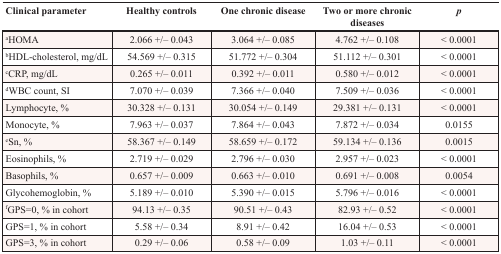
<table><thead><tr><td><b>Clinical parameter</b></td><td><b>Healthy controls</b></td><td><b>One chronic disease</b></td><td><b>Two or more chronic diseases</b></td><td><b><i>p</i></b></td></tr></thead><tbody><tr><td><sup>a</sup>HOMA</td><td>2.066 +/− 0.043</td><td>3.064 +/− 0.085</td><td>4.762 +/− 0.108</td><td>&lt; 0.0001</td></tr><tr><td><sup>b</sup>HDL-cholesterol, mg/dL</td><td>54.569 +/− 0.315</td><td>51.772 +/− 0.304</td><td>51.112 +/− 0.301</td><td>&lt; 0.0001</td></tr><tr><td><sup>c</sup>CRP, mg/dL</td><td>0.265 +/− 0.011</td><td>0.392 +/− 0.011</td><td>0.580 +/− 0.012</td><td>&lt; 0.0001</td></tr><tr><td><sup>d</sup>WBC count, SI</td><td>7.070 +/− 0.039</td><td>7.366 +/− 0.040</td><td>7.509 +/− 0.036</td><td>&lt; 0.0001</td></tr><tr><td>Lymphocyte, %</td><td>30.328 +/− 0.131</td><td>30.054 +/− 0.149</td><td>29.381 +/− 0.131</td><td>&lt; 0.0001</td></tr><tr><td>Monocyte, %</td><td>7.963 +/− 0.037</td><td>7.864 +/− 0.043</td><td>7.872 +/− 0.034</td><td>0.0155</td></tr><tr><td><sup>e</sup>Sn, %</td><td>58.367 +/− 0.149</td><td>58.659 +/− 0.172</td><td>59.134 +/− 0.136</td><td>0.0015</td></tr><tr><td>Eosinophils, %</td><td>2.719 +/− 0.029</td><td>2.796 +/− 0.030</td><td>2.957 +/− 0.023</td><td>&lt; 0.0001</td></tr><tr><td>Basophils, %</td><td>0.657 +/− 0.009</td><td>0.663 +/− 0.010</td><td>0.691 +/− 0.008</td><td>0.0054</td></tr><tr><td>Glycohemoglobin, %</td><td>5.189 +/− 0.010</td><td>5.390 +/− 0.015</td><td>5.796 +/− 0.016</td><td>&lt; 0.0001</td></tr><tr><td><sup>f</sup>GPS=0, % in cohort</td><td>94.13 +/− 0.35</td><td>90.51 +/− 0.43</td><td>82.93 +/− 0.52</td><td>&lt; 0.0001</td></tr><tr><td>GPS=1, % in cohort</td><td>5.58 +/− 0.34</td><td>8.91 +/− 0.42</td><td>16.04 +/− 0.53</td><td>&lt; 0.0001</td></tr><tr><td>GPS=3, % in cohort</td><td>0.29 +/− 0.06</td><td>0.58 +/− 0.09</td><td>1.03 +/− 0.11</td><td>&lt; 0.0001</td></tr></tbody></table>